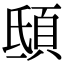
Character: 𩑾